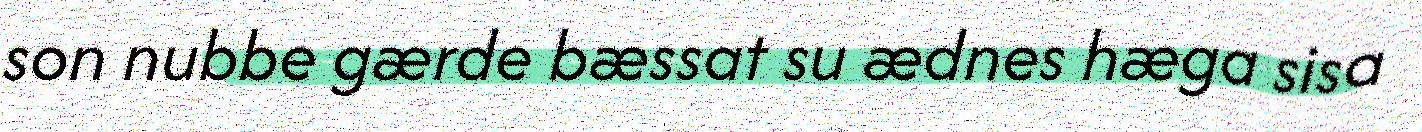
son nubbe gærde bæssat su ædnes hæga sisa